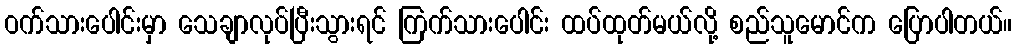
ဝက်သားပေါင်းမှာ သေချာလုပ်ပြီးသွားရင် ကြက်သားပေါင်း ထပ်ထုတ်မယ်လို့ စည်သူမောင်က ပြောပါတယ်။